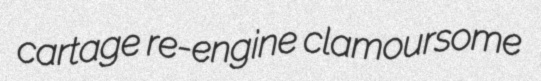
cartage re-engine clamoursome